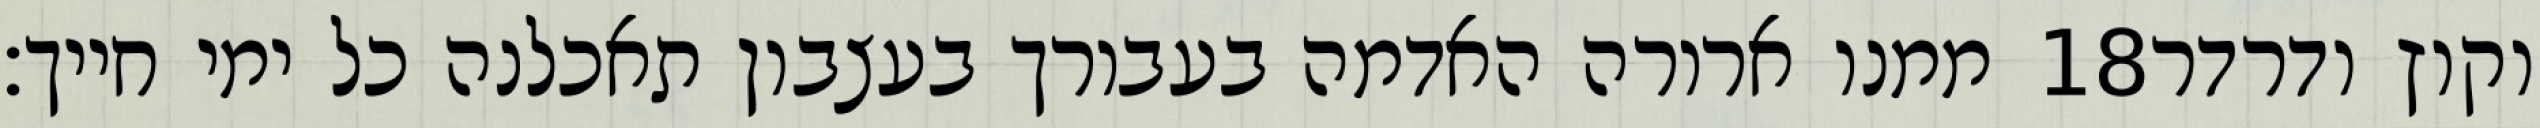
ממנו ארורה האדמה בעבורך בעצבון תאכלנה כל ימי חייך׃ ‎18‏ וקוץ ודרדר